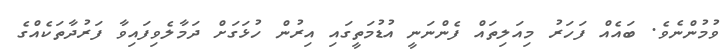
ވުމުންނެވެ. ބައެއް ފަހަރު މިއަލިތައް ފެންނަނީ އުޑުމަތީގައި އިރުން ހުޅަގަށް ދަމާލެވިފައިވާ ފަރުދާތަކެއްގެ